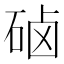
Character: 硵